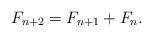
LaTeX: \begin{align*}F_{n+2}=F_{n+1}+F_{n}.\end{align*}